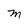
Character: M